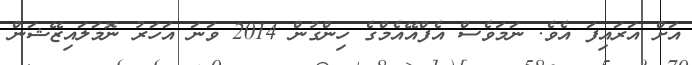
އަށް އަރައިފަ އެވެ. ނަމަވެސް އެފްއޭއެމްގެ ހިންގުން 2014 ވަނަ އަހަރު ނޮމަލައިޒޭޝަން